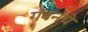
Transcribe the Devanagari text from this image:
गॅबनचे